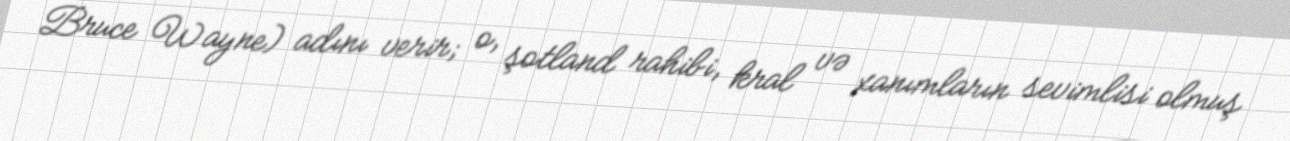
Bruce Wayne) adını verir; o, şotland rahibi, kral və xanımların sevimlisi olmuş